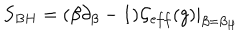
S _ { B H } = ( \beta \partial _ { \beta } - 1 ) { \cal G } _ { e f f } ( g ) | _ { \beta = \beta _ { H } }